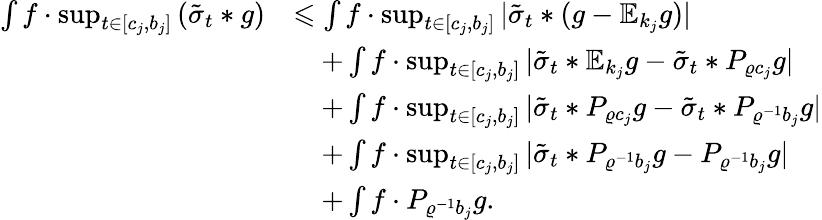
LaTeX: \begin{array}{rl}{\int f\cdot\operatorname*{sup}_{t\in[c_{j},b_{j}]}\, (\tilde{\sigma}_{t}\ast g)}&{\leqslant\int f\cdot\operatorname*{sup}_{t\in[c_{j},b_{j}]}|\tilde{\sigma}_{t}\ast(g-\mathbb{E}_{k_{j}}g)|}\\ &{\quad+\int f\cdot\operatorname*{sup}_{t\in[c_{j},b_{j}]}|\tilde{\sigma}_{t}\ast\mathbb{E}_{k_{j}}g-\tilde{\sigma}_{t}\ast P_{\varrho c_{j}}g|}\\ &{\quad+\int f\cdot\operatorname*{sup}_{t\in[c_{j},b_{j}]}|\tilde{\sigma}_{t}\ast P_{\varrho c_{j}}g-\tilde{\sigma}_{t}\ast P_{\varrho^{-1}b_{j}}g|}\\ &{\quad+\int f\cdot\operatorname*{sup}_{t\in[c_{j},b_{j}]}|\tilde{\sigma}_{t}\ast P_{\varrho^{-1}b_{j}}g-P_{\varrho^{-1}b_{j}}g|}\\ &{\quad+\int f\cdot P_{\varrho^{-1}b_{j}}g.}\end{array}